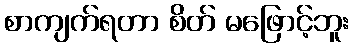
စာကျက်ရတာ စိတ် မဖြောင့်ဘူး